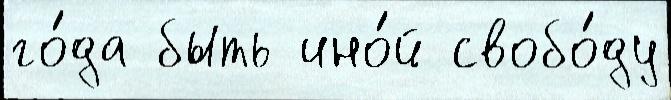
го́да быть ино́й свобо́ду